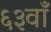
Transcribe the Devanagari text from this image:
६३वाँ